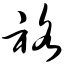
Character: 袼